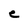
Character: C